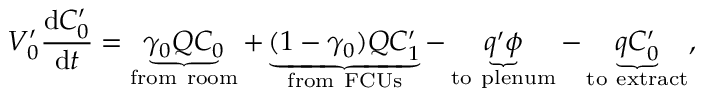
V _ { 0 } ^ { \prime } \frac { \mathrm { d } C _ { 0 } ^ { \prime } } { \mathrm { d } t } = \underbrace { \gamma _ { 0 } Q C _ { 0 } } _ { \mathrm { f r o m \ r o o m } } + \underbrace { ( 1 - \gamma _ { 0 } ) Q C _ { 1 } ^ { \prime } } _ { \mathrm { f r o m \ F C U s } } - \underbrace { q ^ { \prime } \phi } _ { \mathrm { t o \ p l e n u m } } - \underbrace { q C _ { 0 } ^ { \prime } } _ { \mathrm { t o \ e x t r a c t } } ,